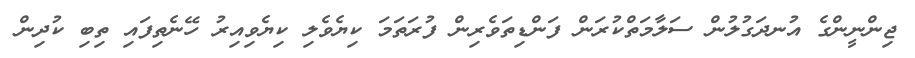
ޖިންނީންގެ އުނދަގުލުން ސަލާމަތްކުރަން ފަންޑިތަވެރިން ފުރަތަމަ ކިޔެވެލި ކިޔެވިއިރު ހޭނެތިފައި ތިބި ކުދިން